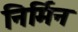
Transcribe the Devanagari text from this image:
निर्मिन